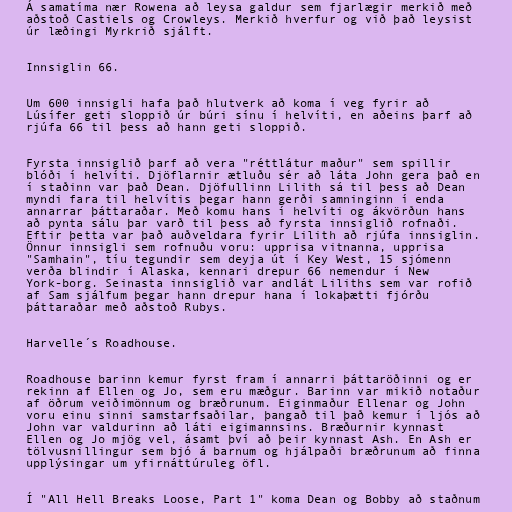
Á samatíma nær Rowena að leysa galdur sem fjarlægir merkið með
aðstoð Castiels og Crowleys. Merkið hverfur og við það leysist
úr læðingi Myrkrið sjálft.

Innsiglin 66.

Um 600 innsigli hafa það hlutverk að koma í veg fyrir að
Lúsífer geti sloppið úr búri sínu í helvíti, en aðeins þarf að
rjúfa 66 til þess að hann geti sloppið.

Fyrsta innsiglið þarf að vera "réttlátur maður" sem spillir
blóði í helvíti. Djöflarnir ætluðu sér að láta John gera það en
í staðinn var það Dean. Djöfullinn Lilith sá til þess að Dean
myndi fara til helvítis þegar hann gerði samninginn í enda
annarrar þáttaraðar. Með komu hans í helvíti og ákvörðun hans
að pynta sálu þar varð til þess að fyrsta innsiglið rofnaði.
Eftir þetta var það auðveldara fyrir Lilith að rjúfa innsiglin.
Önnur innsigli sem rofnuðu voru: upprisa vitnanna, upprisa
"Samhain", tíu tegundir sem deyja út í Key West, 15 sjómenn
verða blindir í Alaska, kennari drepur 66 nemendur í New
York-borg. Seinasta innsiglið var andlát Liliths sem var rofið
af Sam sjálfum þegar hann drepur hana í lokaþætti fjórðu
þáttaraðar með aðstoð Rubys.

Harvelle´s Roadhouse.

Roadhouse barinn kemur fyrst fram í annarri þáttaröðinni og er
rekinn af Ellen og Jo, sem eru mæðgur. Barinn var mikið notaður
af öðrum veiðimönnum og bræðrunum. Eiginmaður Ellenar og John
voru einu sinni samstarfsaðilar, þangað til það kemur í ljós að
John var valdurinn að láti eigimannsins. Bræðurnir kynnast
Ellen og Jo mjög vel, ásamt því að þeir kynnast Ash. En Ash er
tölvusnillingur sem bjó á barnum og hjálpaði bræðrunum að finna
upplýsingar um yfirnáttúruleg öfl.

Í "All Hell Breaks Loose, Part 1" koma Dean og Bobby að staðnum